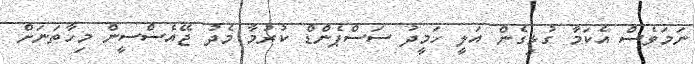
ނަމަވެސް އެކަމާ ގުޅިގެން އަލީ ހަމީދު ސަސްޕެންޑް ކުރުމާ މެދު ޖޭއެސްސީން މިހާތަނަށް